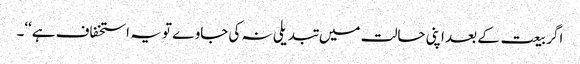
اگر بیعت کے بعد اپنی حالت میں تبدیلی نہ کی جاوے تو یہ استخفاف ہے‘‘۔